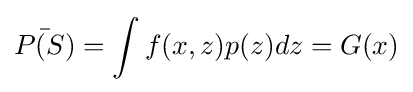
{\bar {P(S)}}=\int f(x,z)p(z)dz=G(x)